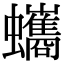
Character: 蠵